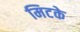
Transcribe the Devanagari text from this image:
मिटके